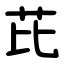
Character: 芘